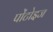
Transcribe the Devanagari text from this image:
पोंटोइज